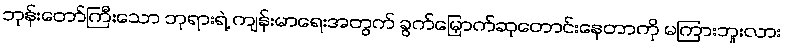
ဘုန်းတော်ကြီးသော ဘုရားရဲ့ ကျန်းမာရေးအတွက် ခွက်မြှောက်ဆုတောင်းနေတာကို မကြားဘူးလား